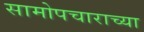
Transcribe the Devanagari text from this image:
सामोपचाराच्या